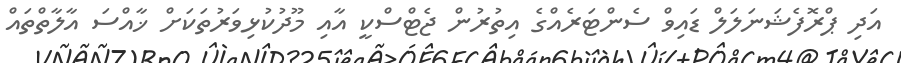
އަދި ޕްރޮފެޝަނަލަލް ޑައިވް ސެންޓަރެއްގެ އިތުރުން ޖެޓްސްކީ އާއި މޫދުކުޅިވަރުތަކަށް ޚާއްސަ އާލާތްތައް